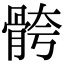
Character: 骻